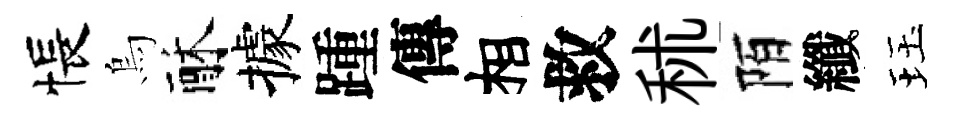
悵烏酥據踵傳相救秫陌纖珏